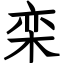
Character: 栾